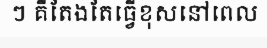
ៗ គឺតែងតែធ្វើខុសនៅពេល